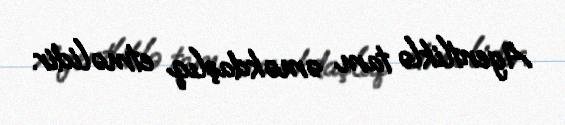
Agentliklə tam əməkdaşlıq etməlidir.